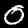
Label: 0